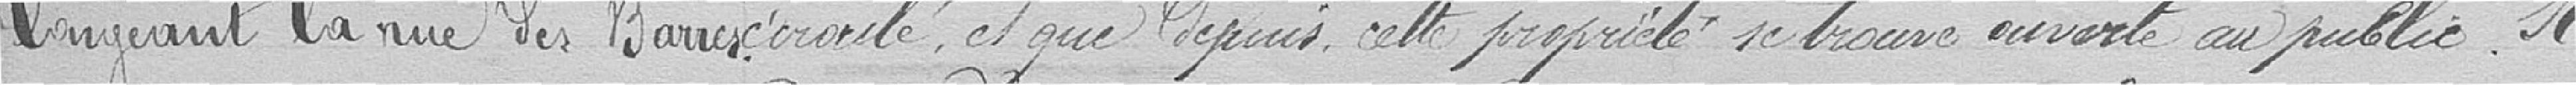
écroulé, et que depuis, cette propriété se trouve ouverte au public. Il